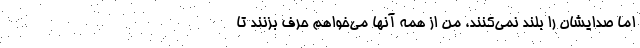
اما صدایشان را بلند نمی‌کنند، من از همه آنها می‌خواهم حرف بزنند تا